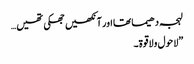
لہجہ دھیما تھا اور آنکھیں جھکی تھیں…
”لاحول ولاقوۃ۔